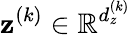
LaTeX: \mathbf{z}^{(k)}\in\mathbb{R}^{d_{z}^{(k)}}